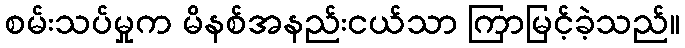
စမ်းသပ်မှုက မိနစ်အနည်းငယ်သာ ကြာမြင့်ခဲ့သည်။